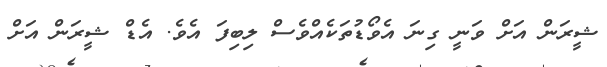
ޝީރަން އަށް ވަނީ ގިނަ އެވޯޑުތަކެއްވެސް ލިބިފަ އެވެ. އެޑް ޝީރަން އަށް